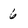
Character: 6